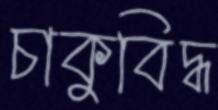
চাকুবিদ্ধ